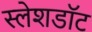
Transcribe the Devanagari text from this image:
स्लेशडॉट